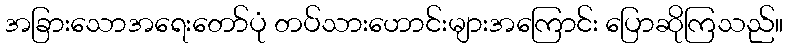
အခြားသောအရေးတော်ပုံ တပ်သားဟောင်းများအကြောင်း ပြောဆိုကြသည်။